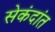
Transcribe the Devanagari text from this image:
सेकंदांत